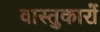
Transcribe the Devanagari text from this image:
वास्‍तुकारों